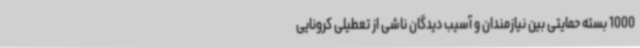
1000 بسته حمایتی بین نیازمندان و آسیب دیدگان ناشی از تعطیلی کرونایی